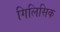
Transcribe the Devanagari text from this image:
गिलिसिक